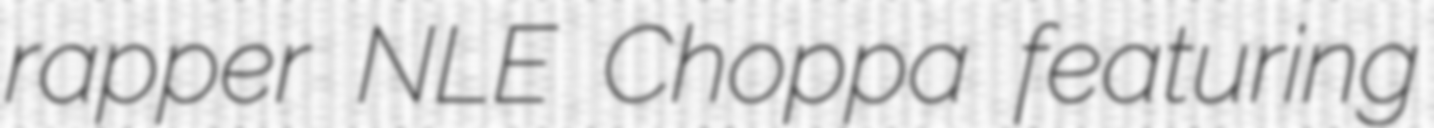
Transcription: rapper NLE Choppa featuring